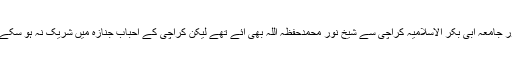
اور جامعہ ابی بکر الاسلامیہ کراچی سے شیخ نور محمدحفظہ اللہ بھی آئے تھے لیکن کراچی کے احباب جنازہ میں شریک نہ ہو سکے ۔